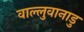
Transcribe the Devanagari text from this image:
वाल्लुवानाडु